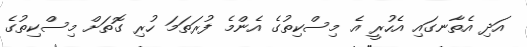
އަދި އެތާނގައި އެހުރީ އެ މިސްކިތުގެ އެންމެ ފުރަތަމަ ހުރި ގޮތަށް މިސްކިތުގެ